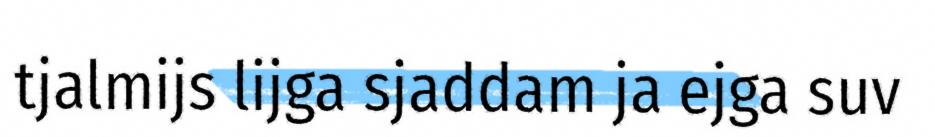
tjalmijs lijga sjaddam ja ejga suv